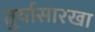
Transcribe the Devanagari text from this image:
तुर्यासारखा